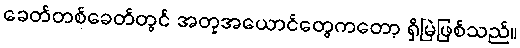
ခေတ်တစ်ခေတ်တွင် အတုအယောင်တွေကတော့ ရှိမြဲဖြစ်သည်။